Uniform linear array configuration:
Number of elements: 8
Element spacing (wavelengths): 0.25
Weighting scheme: binomial
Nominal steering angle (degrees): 45
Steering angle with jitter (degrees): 43.538
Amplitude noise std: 0.05
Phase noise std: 0.05

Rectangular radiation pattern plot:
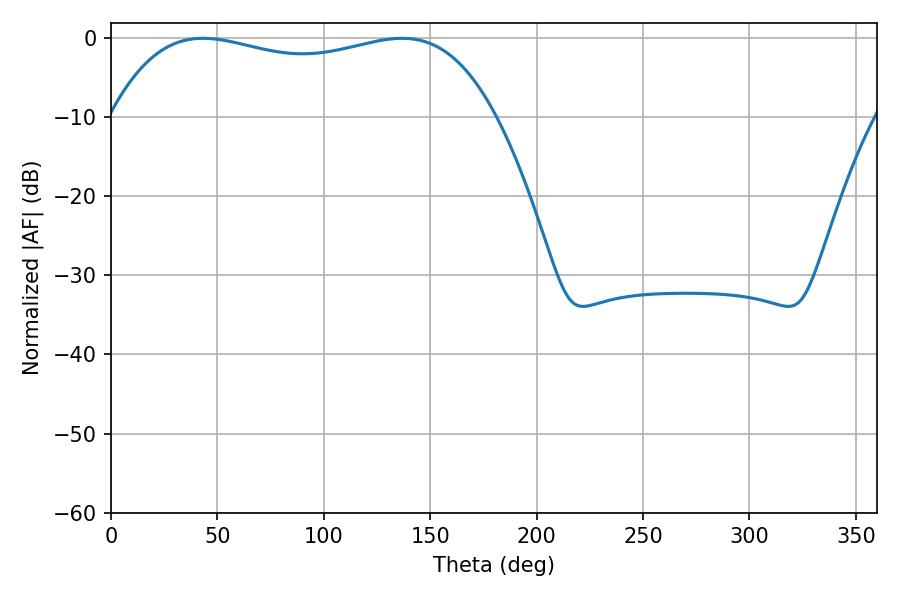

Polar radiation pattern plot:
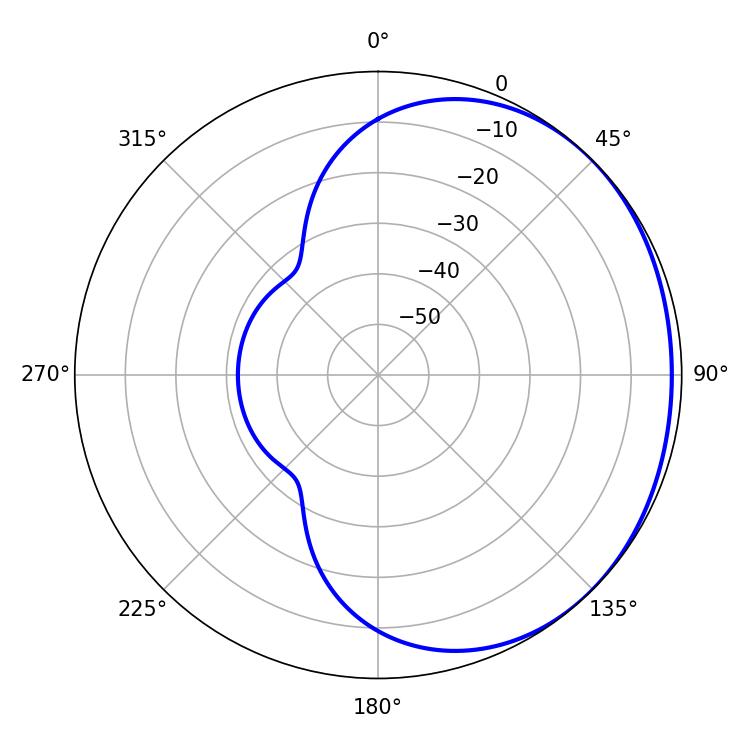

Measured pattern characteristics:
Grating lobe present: FALSE
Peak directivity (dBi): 1.069
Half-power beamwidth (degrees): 145.8
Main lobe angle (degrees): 43.2